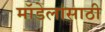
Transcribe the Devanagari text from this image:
मॉडेलांसाठी